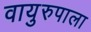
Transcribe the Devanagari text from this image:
वायुरुपाला